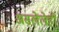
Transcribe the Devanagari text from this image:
असलेलेही